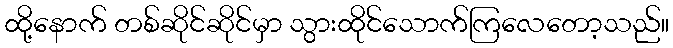
ထို့နောက် တစ်ဆိုင်ဆိုင်မှာ သွားထိုင်သောက်ကြလေတော့သည်။